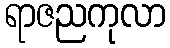
ရာဇညကုလာ